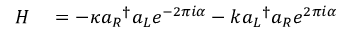
\begin{array} { r l } { H } & { { } = - \kappa { a _ { R } } ^ { \dagger } a _ { L } e ^ { - 2 \pi i \alpha } - k { a _ { L } } ^ { \dagger } a _ { R } e ^ { 2 \pi i \alpha } } \end{array}